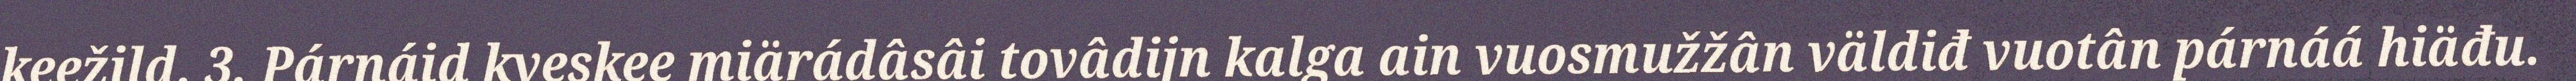
keežild. 3. Párnáid kyeskee miärádâsâi tovâdijn kalga ain vuosmužžân väldiđ vuotân párnáá hiäđu.